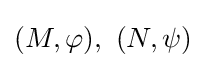
(M,\varphi ),\ (N,\psi )